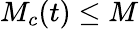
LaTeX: M_{c}(t)\le M